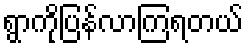
ရွာကိုပြန်လာကြရတယ်